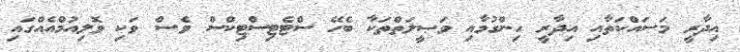
އިދާރީ މަސައްކަތާއި އިދާރީ ހިންގުމާއި ވަޞީލަތްތަކާ ބެހޭ ސްޓެޓިސްޓިކްސް ވެސް ވަކި ވޮލިއުމްއެއްގައި